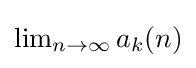
{\textstyle \lim _{n\to \infty }a_{k}(n)}